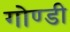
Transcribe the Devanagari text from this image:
गोण्डी